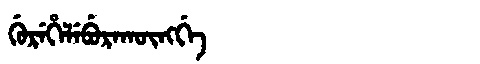
Manchu: ᡤᡠᡵᡝᡥᡝᠯᡝᠪᡠᡵᠠᡴᡡᠩᡤᡝ
Romanization: GUREHELEBURAKŪNGGE